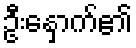
ဦးနှောက်၏